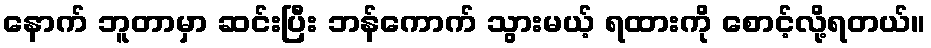
နောက် ဘူတာမှာ ဆင်းပြီး ဘန်ကောက် သွားမယ့် ရထားကို စောင့်လို့ရတယ်။